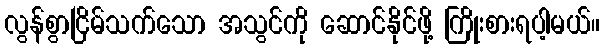
လွန်စွာငြိမ်သက်သော အသွင်ကို ဆောင်နိုင်ဖို့ ကြိုးစားရပါ့မယ်။